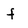
Character: f